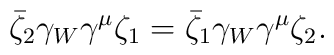
\bar{\zeta}_2 \gamma_W \gamma^\mu \zeta_1 = \bar{\zeta}_1 \gamma_W \gamma^\mu\zeta_2.